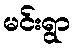
မင်းရွာ